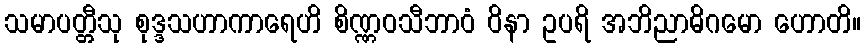
သမာပတ္တီသု စုဒ္ဒသဟာကာရေဟိ စိဏ္ဏဝသီဘာဝံ ဝိနာ ဥပရိ အဘိညာဓိဂမော ဟောတိ။